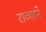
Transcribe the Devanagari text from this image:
राव्याने